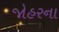
જોહરના